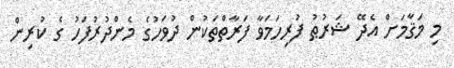
މި މަޤާމަށް އެދޭ ޝަރުޠު ފުރިހަމަވާ ފަރާތްތަކުން ދުވަހުގެ މެންދުރުފަހު ގެ ކުރިން